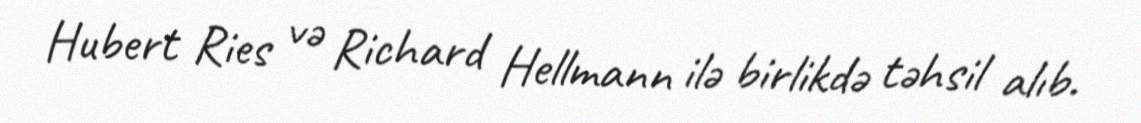
Hubert Ries və Richard Hellmann ilə birlikdə təhsil alıb.